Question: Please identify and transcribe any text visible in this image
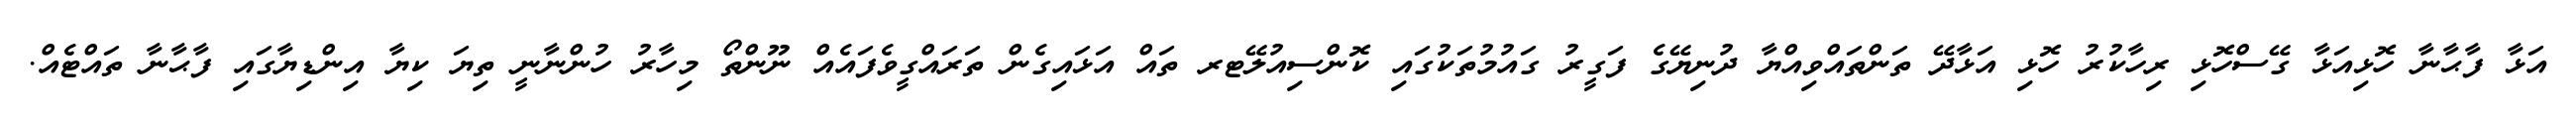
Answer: އަޅާ ފާޙާނާ ހޮޅިއަޅާ ގޭސްހޮޅި ރިހާކުރު ހޮޅި އަޅާދޭ ތަންތައްވިއްޔާ ދުނިޔޭގެ ފަގީރު ގައުމުތަކުގައި ކޮންސިއުލޭޓރ ތައް އަޅައިގެން ތަރައްގީވެފައެއް ނޫންތޯ މިހާރު ހުންނާނީ ތިޔަ ކިޔާ އިންޑިޔާގައި ފާޙާނާ ތައްޓެއް.